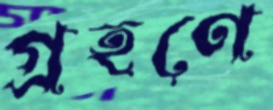
গ্রহণে